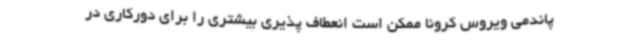
پاندمی ویروس کرونا ممکن است انعطاف پذیری بیشتری را برای دورکاری در